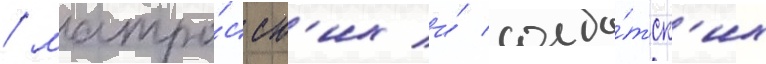
/ матро́сск'их и́ солда́тск'их